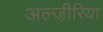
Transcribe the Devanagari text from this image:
अल्जी़रिया